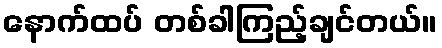
နောက်ထပ် တစ်ခါကြည့်ချင်တယ်။